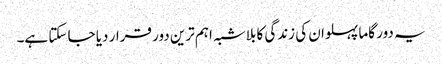
یہ دور گاما پہلوان کی زندگی کا بلاشبہ اہم ترین دور قرار دیا جا سکتا ہے۔